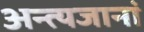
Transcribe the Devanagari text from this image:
अन्त्यजानां